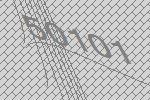
50101